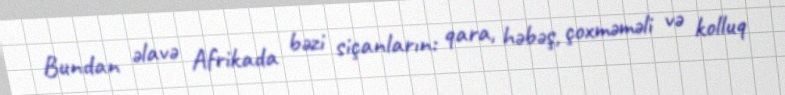
Bundan əlavə Afrikada bəzi siçanların: qara, həbəş, çoxməməli və kolluq